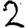
Digit: 2